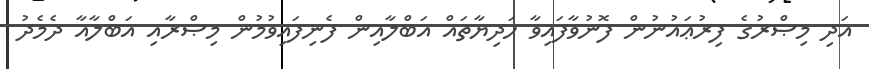
އަދި މިޞްރުގެ ފިރުޢައުނުން ފޮނުވާފައިވާ ހަދިޔާތައް އަބްލާއިން ފެނިފައިވުމުން މިޞްރާއި އަބްލާއާ ދެމެދު